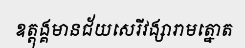
ឧត្តុង្គមានជ័យសេរីវង្សារាមត្នោត